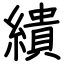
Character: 繢